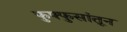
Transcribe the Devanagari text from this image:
फुफ्फुसांतून